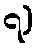
၇)